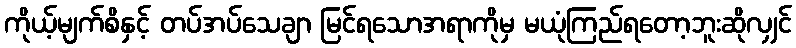
ကိုယ့်မျက်စိနှင့် တပ်အပ်သေချာ မြင်ရသောအရာကိုမှ မယုံကြည်ရတော့ဘူးဆိုလျှင်